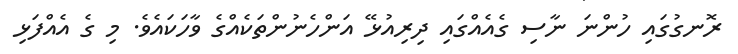
ރޮނގުގައި ހުންނަ ނާސި ގެއެއްގައި ދިރިއުޅޭ އަންހެނުންތަކެއްގެ ވާހަކައެވެ. މި ގެ އެއްފަޅި